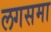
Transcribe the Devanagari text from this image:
लगसमा